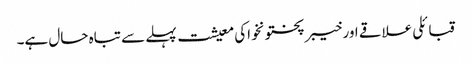
قبائلی علاقے اور خیبر پختونخواکی معیشت پہلے سے تباہ حال ہے۔